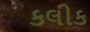
કલીક